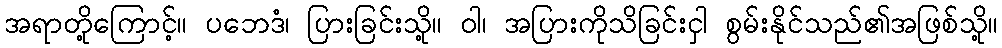
အရာတို့ကြောင့်။ ပဘေဒံ၊ ပြားခြင်းသို့။ ဝါ၊ အပြားကိုသိခြင်းငှါ စွမ်းနိုင်သည်၏အဖြစ်သို့။